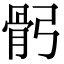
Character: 𩨙